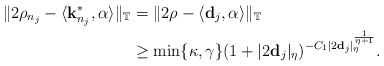
\begin{align*}\|2\rho_{n_{j}}-\langle {\bf k}^{*}_{n_{j}},\alpha \rangle\|_{\mathbb{T}} &= \|2\rho -\langle {\bf d}_j,\alpha \rangle\|_{\mathbb{T}}\\& \geq \min\{\kappa,\gamma\} (1+|2{\bf d}_j|_{\eta})^{-C_{1}|2{\bf d}_j|_{\eta}^{\frac{1}{\eta+1}}}.\end{align*}